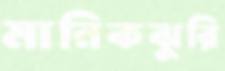
মানিকঝুরি